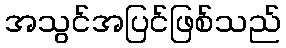
အသွင်အပြင်ဖြစ်သည်